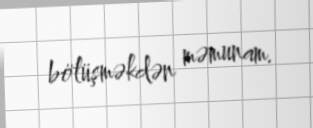
bölüşməkdən məmunam.